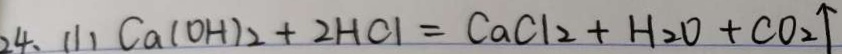
2 4 . ( 1 ) C a ( O H ) _ { 2 } + 2 H C l = C a C l _ { 2 } + H _ { 2 } O + C O _ { 2 } \uparrow